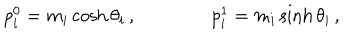
LaTeX: p _ { i } ^ { 0 } = m _ { i } \cosh \theta _ { i } \, , \qquad \qquad p _ { i } ^ { 1 } = m _ { i } \sinh \theta _ { i } \, ,